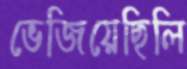
ভেজিয়েছিলি